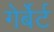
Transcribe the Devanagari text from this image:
गेर्बेर्ट